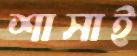
শাসাই